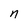
Character: n